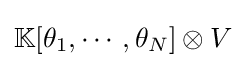
\mathbb {K} [\theta _{1},\cdots ,\theta _{N}]\otimes V